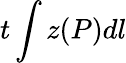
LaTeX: t\int z(P)dl